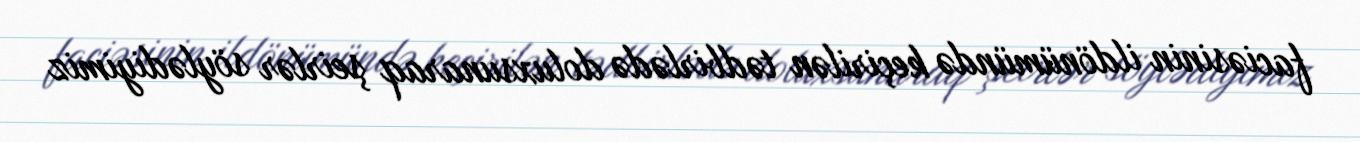
faciəsinin ildönümündə keçirilən tədbirlədə doluxsunaraq şeirlər söylədiyimiz